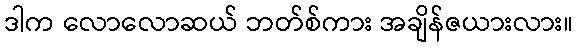
ဒါက လောလောဆယ် ဘတ်စ်ကား အချိန်ဇယားလား။